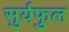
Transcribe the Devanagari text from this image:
सुर्यफुल